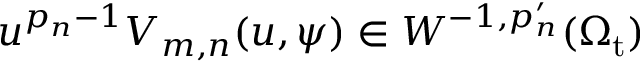
u ^ { p _ { n } - 1 } V _ { m , n } ( u , \psi ) \in W ^ { - 1 , p _ { n } ^ { \prime } } ( \Omega _ { \mathrm { t } } )